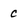
Character: c